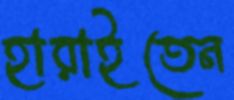
হারাইতেন